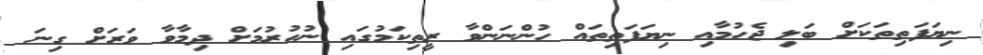
ނިޔަފަތިތަކަށް ބަލި ޖެހުމާއި ނިޔަފަތިތައް ހުންނަންވާ ރީތިކަމުގައި ނުހުރުމަށް ދިމާވާ ވަރަށް ގިނަ